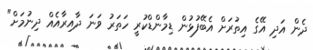
ދެން އަދި އޭގެ އިތުރަށް އެބޭފުޅުން ޑިމާންޑްކުރީ ހަތަރު ވަނަ ދާއިރާއެއް ދިނުމަށް"